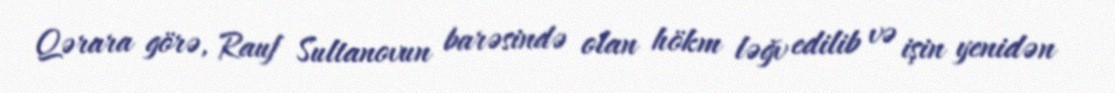
Qərara görə, Rauf Sultanovun barəsində olan hökm ləğv edilib və işin yenidən